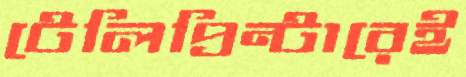
টেলিপ্রিন্টারেই